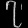
Digit: ၇